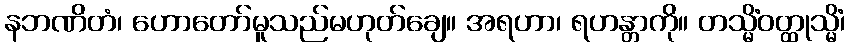
နဘဏိတံ၊ ဟောတော်မူသည်မဟုတ်ချေ။ အရဟာ၊ ရဟန္တာကို။ တသ္မိံဝတ္ထုသ္မိံ၊